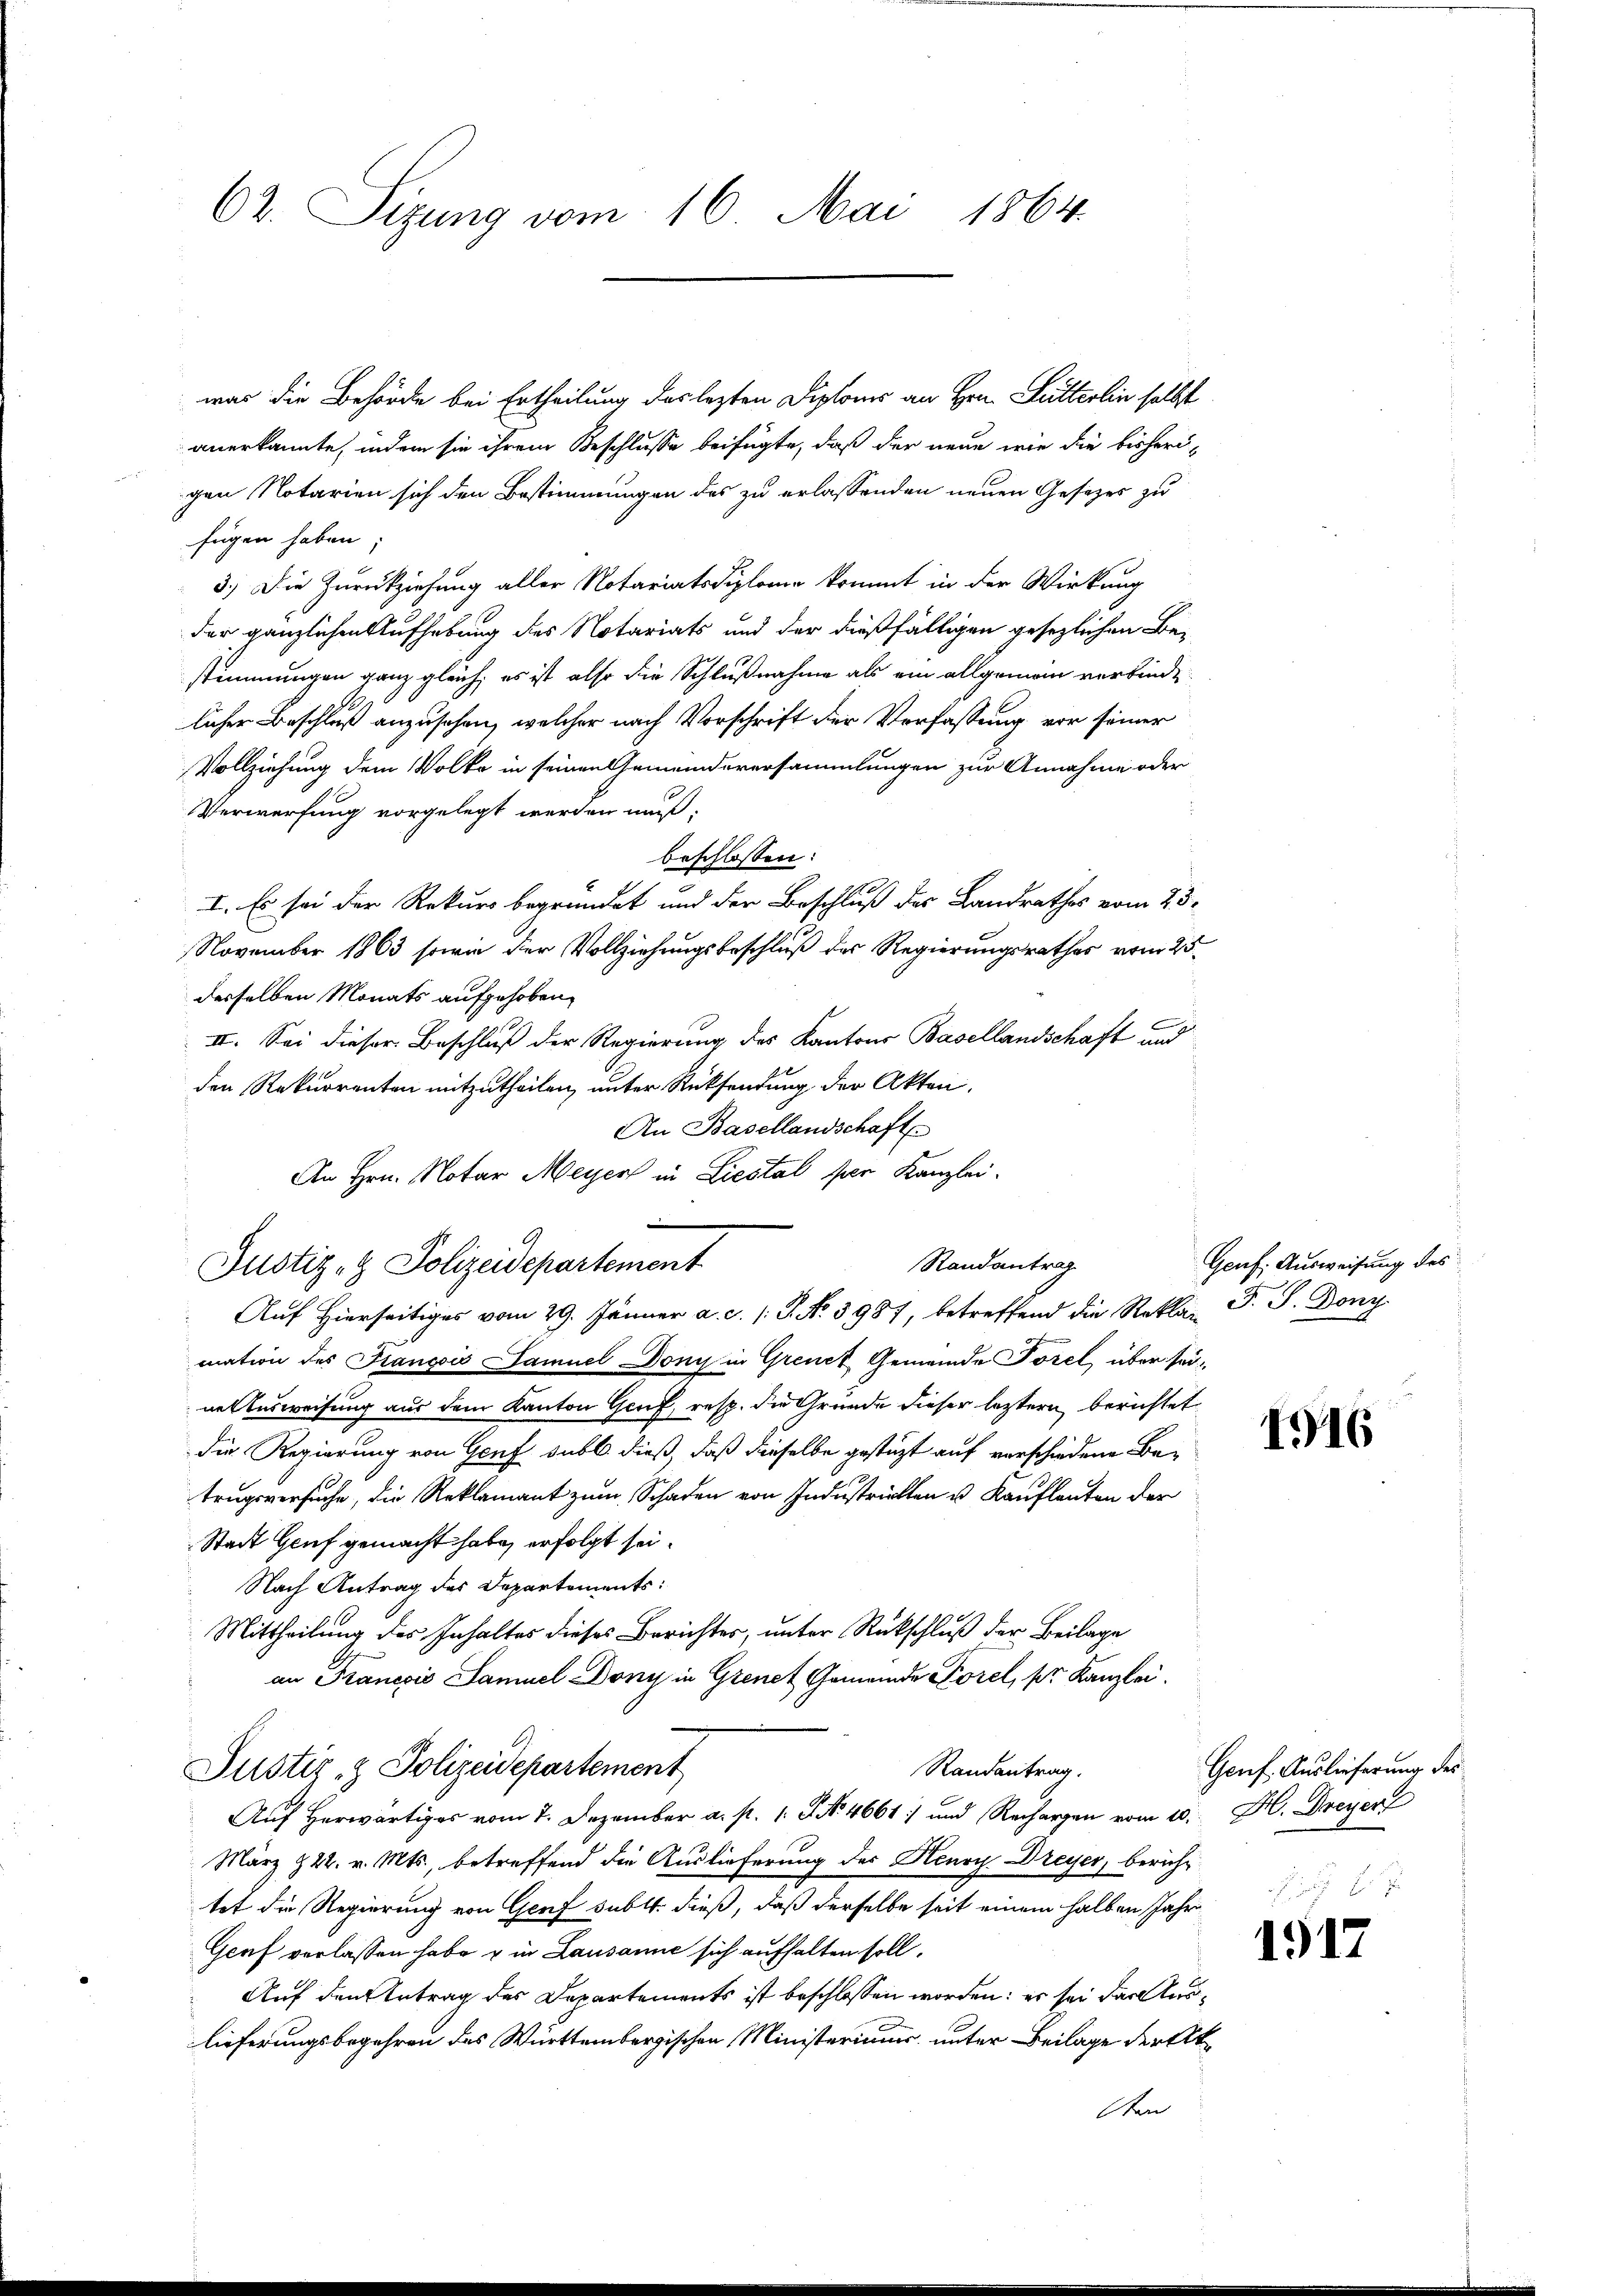
62. Sizung vom 16. Mai 1864.

was die Behörde bei Ertheilung des lezten Diploms an Hrn. Lutterlin selbst
anerkannte, indem sie ihrem Beschlusse beifügte, daß der neue wie die bisheri-
gen Notarien sich den Bestimmungen des zu erlassenden neuen Gesetzes zu
fügen haben;
2
3.) Die Zurückziehung aller Notariatsdiplome kommt in der Wirkung
der gänzlichen Aufhebung des Notariats und der dießfälligen gesezlichen Be-
stimmungen ganz gleich, es ist also die Schlußnahme als ein allgemein verbinde
licher Beschluß anzusehen, welcher nach Vorschrift der Verfassung vor seiner
Vollziehung dem Volke in seinen Gemeindeversammlungen zur Annahme oder
Verwerfung vorgelegt werden muß,
beschlossen:
I. Es sei der Rekurs begründet und der Beschluß des Landrathes vom 25.
November 1863 sowie der Vollziehungsbeschluß des Regierungsrathes vom 25.
derselben Monats aufgehoben,
III. Sei dieser Beschluß der Regierung des Kantons Basellandschaft und
den Rekurrenten mitzutheilen, unter Rücksendung der Akten,
An Basellandschaft.
An Hrn. Notar Meyer in Liestal per Kanzlei.
Randantrag

Justiz- & Polizeidepartement
Auf Hierseitiges vom 29. Jänner a. c. s. S. N. 3987, betreffend die Rekla P. J. Dony

mation des François Samuel, Donis in Grene Gemeinde Torel über seinetensweisung aus dem Kanton Genf, resp. die Gründe dieser letztern berichtet
die Regierung von Genf subl. dieß, daß dieselbe gestüzt auf verschiedene Betrugsversuche, die Reklamant zum Schaden von Industrickten u. Kaufleuten der
Stadt Genf gemacht habe, erfolgt sei.
Nach Antrag des Departements:
Mittheilung der Inhaltes dieses Berichtes, unter Rückschluß der Beilage
an Franesis Samuel Dony in Grenet Gemeinde Forel, pr. Kanzlei.
Justiz- & Polizeidepartement
Randantrag.
Auf herwärtiges vom 7. Dezember a. p. 1. No. 4661) und Rechargen vom 10. H. Dreyer
März 222. v. Mts., betreffend die Auslieferung des Henry Dreyer, bericht
tet die Regierung von Genf subtt. dieß, daß derselbe seit einem halben Jahre
Graf verlassen habe & in Lausanne sich aufhalten soll.
Auf den Antrag des Departements ist beschlossen worden: er sei der Auslieferungsbegehren des Württembergischen Ministeriums unter Beilage der At¬
Ae

Geuf. Ausweisung des

1916

Genf. Auslieferung des

1917